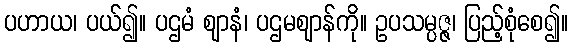
ပဟာယ၊ ပယ်၍။ ပဌမံ ဈာနံ၊ ပဌမဈာန်ကို။ ဥပသမ္ပဇ္ဇ၊ ပြည့်စုံစေ၍။